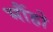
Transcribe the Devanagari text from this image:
भौंहो